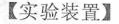
【实验装置】